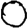
Digit: 0